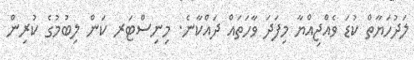
ލަދުހަޔާތް ކުޑަ ވެއްޖިއްޔާ މިފަދަ ވާހަތައް ދައްކާނެ. މިނިސްޓަރ ކަން ލިބުމުގެ ކުރިން